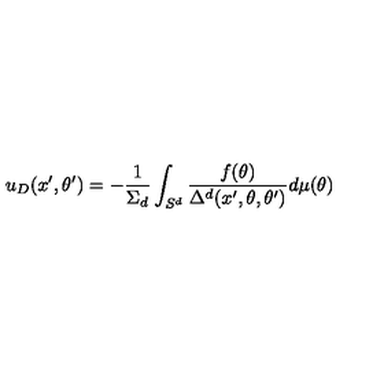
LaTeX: u _ { D } ( x ^ { \prime } , \theta ^ { \prime } ) = - { \frac { 1 } { \Sigma _ { d } } } \int _ { S ^ { d } } { \frac { f ( \theta ) } { \Delta ^ { d } ( x ^ { \prime } , \theta , \theta ^ { \prime } ) } } d \mu ( \theta )